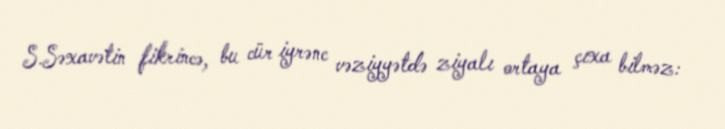
S.Səxavətin fikrincə, bu cür iyrənc vəziyyətdə ziyalı ortaya çıxa bilməz: